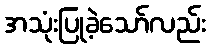
အသုံးပြုခဲ့သော်လည်း